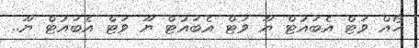
ހޯއް ވަޓް އެބައުޓް ޔޫ ވަޓް އެބައުޓް ޔޫ ވަޓް އެބައުޓް ޔޫ..